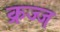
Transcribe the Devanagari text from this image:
क्रज्ज